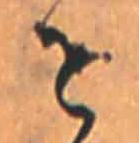
せ